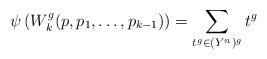
LaTeX: \begin{align*}\psi\left(W^g_{k}(p,p_1,\dots,p_{k-1})\right)=\sum_{t^g\in (Y^n)^g} t^g\end{align*}